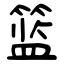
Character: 篮